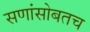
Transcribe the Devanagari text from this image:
सणांसोबतच